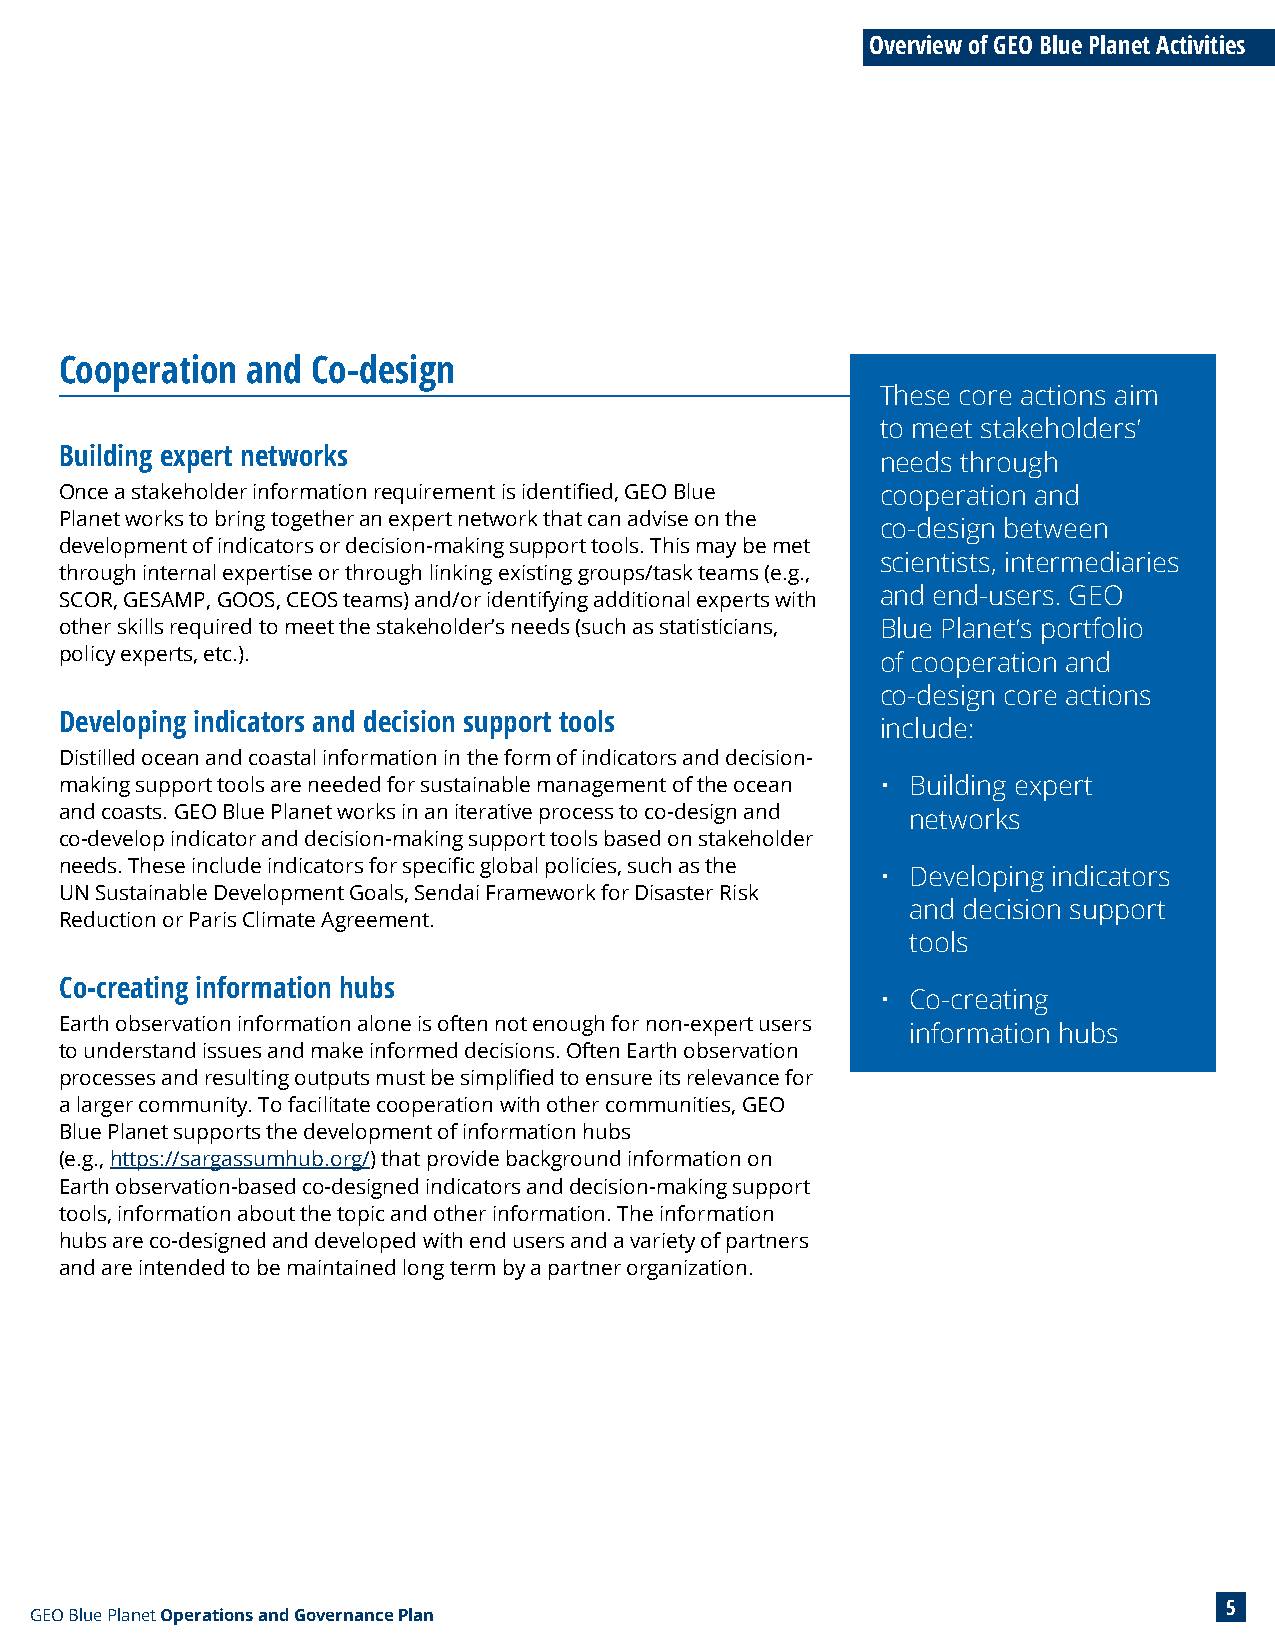
Overview of GEO Blue Planet Activities
 Cooperation and  Co-design
 These core actions aim
 to meet stakeholders’
 Building expert networks
 needs through
 Once a stakeholder information requirement is identified, GEO Blue cooperation and
 Planet works to bring together an expert network that can advise on the
 co-design between
 development of indicators or decision-making support tools. This may be met
 scientists, intermediaries
 through internal expertise or through linking existing groups/task teams (e.g.,
 and end-users. GEO
 SCOR, GESAMP, GOOS, CEOS teams) and/or identifying additional experts with
 other skills required to meet the stakeholder’s needs (such as statisticians, Blue Planet’s portfolio
 policy experts, etc.).                                of cooperation and
 co-design core actions
 Developing indicators and decision support tools
 include:
 Distilled ocean and coastal information in the form of indicators and decision-
 making support tools are needed for sustainable management of the ocean • Building expert
 and coasts. GEO Blue Planet works in an iterative process to co-design and networks
 co-develop indicator and decision-making support tools based on stakeholder
 needs. These include indicators for specific global policies, such as the
 • Developing indicators
 UN Sustainable Development Goals, Sendai Framework for Disaster Risk
 and decision support
 Reduction or Paris Climate Agreement.
 tools
 Co-creating information hubs
 • Co-creating
 Earth observation information alone is often not enough for non-expert users
 information hubs
 to understand issues and make informed decisions. Often Earth observation
 processes and resulting outputs must be simplified to ensure its relevance for
 a larger community. To facilitate cooperation with other communities, GEO
 Blue Planet supports the development of information hubs
 (e.g., https://sargassumhub.org/) that provide background information on
 Earth observation-based co-designed indicators and decision-making support
 tools, information about the topic and other information. The information
 hubs are co-designed and developed with end users and a variety of partners
 and are intended to be maintained long term by a partner organization.
 5
 GEO Blue Planet Operations and Governance Plan